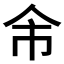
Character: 𠇰